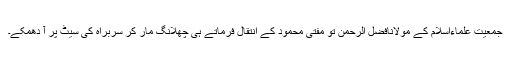
جمعیت علماءاسلام کے مولانافضل الرحمٰن تو مفتی محمود کے انتقال فرماتے ہی چھلانگ مار کر سربراہ کی سیٹ پر آ دھمکے۔